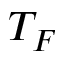
T _ { F }